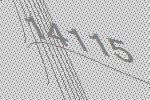
14115